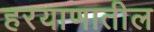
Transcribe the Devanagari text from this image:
हरयाणातील